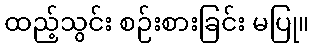
ထည့်သွင်း စဉ်းစားခြင်း မပြု။